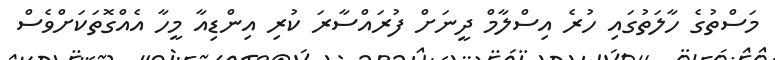
މަސްތުގެ ހާލަތުގައި ހުރެ އިސްލާމް ދީނަށް ފުރައްސާރަ ކުރި އިންޑިއާ މީހާ އެއްގޮތަކަށްވެސް